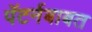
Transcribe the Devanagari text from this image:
पॅटर्नबाबत